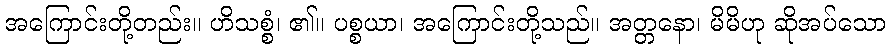
အကြောင်းတို့တည်း။ ဟိသစ္စံ၊ ၏။ ပစ္စယာ၊ အကြောင်းတို့သည်။ အတ္တနော၊ မိမိဟု ဆိုအပ်သော